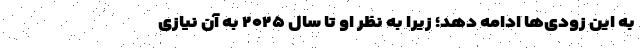
به این زودی‌ها ادامه دهد؛ زیرا به نظر او تا سال ۲۰۲۵ به آن نیازی